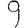
Digit: 9